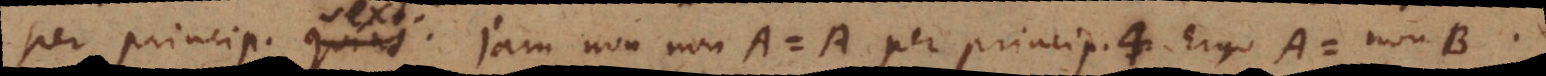
per princip. quint. Jam non-non-A = A per princip. 3. 4. Ergo A = non-B.